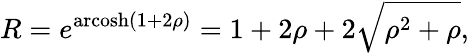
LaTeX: R=e^{\operatorname{arcosh}(1+2\rho)}=1+2\rho+2{\sqrt{\rho^{2}+\rho}},